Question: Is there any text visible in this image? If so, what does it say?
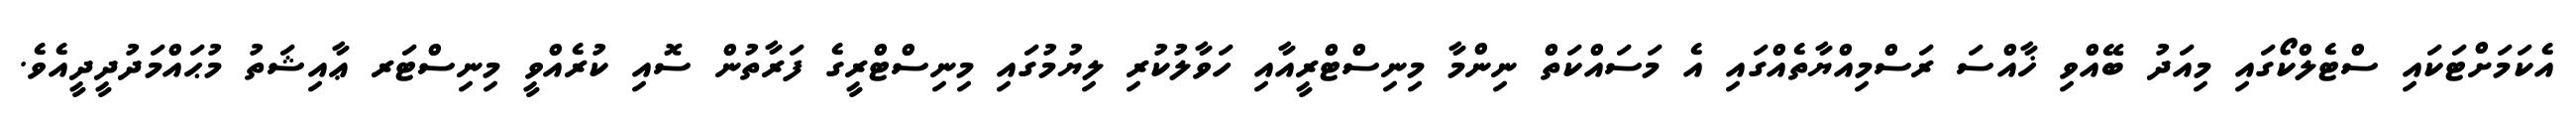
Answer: އެކަމަށްޓަކައި ސްޓެލްކޯގައި މިއަދު ބޭއްވި ޚާއްސަ ރަސްމިއްޔާތެއްގައި އެ މަސައްކަތް ނިންމާ މިނިސްޓްރީއާއި ހަވާލުކުރި ލިޔުމުގައި މިނިސްޓްރީގެ ފަރާތުން ސޮއި ކުރެއްވީ މިނިސްޓަރ ޢާއިޝަތު މުޙައްމަދުދީދީއެވެ.